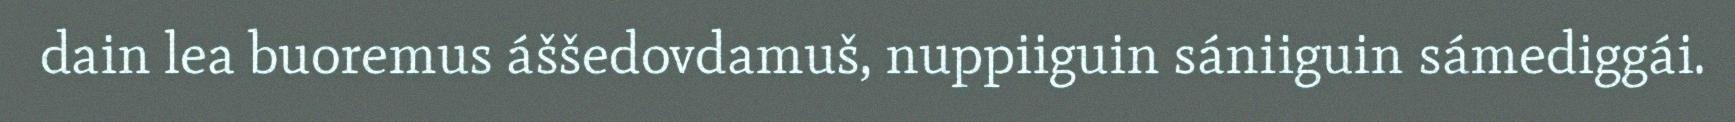
dain lea buoremus áššedovdamuš, nuppiiguin sániiguin sámediggái.